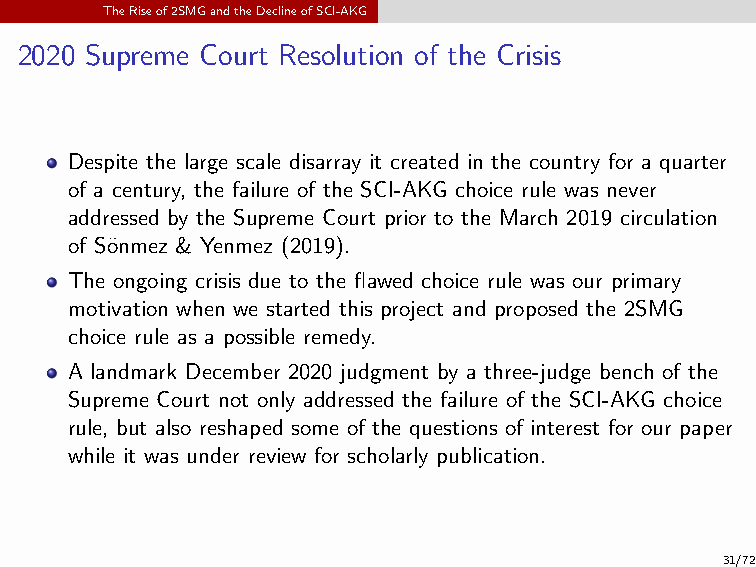
TheRiseof2SMGandtheDeclineofSCI-AKG
 2020 Supreme Court Resolution of the Crisis
 Despite the large scale disarray it created in the country for a quarter
 of a century, the failure of the SCI-AKG choice rule was never
 addressed by the Supreme Court prior to the March 2019 circulation
 of S¨onmez & Yenmez (2019).
 The ongoing crisis due to the flawed choice rule was our primary
 motivation when we started this project and proposed the 2SMG
 choice rule as a possible remedy.
 A landmark December 2020 judgment by a three-judge bench of the
 Supreme Court not only addressed the failure of the SCI-AKG choice
 rule, but also reshaped some of the questions of interest for our paper
 while it was under review for scholarly publication.
 31/72